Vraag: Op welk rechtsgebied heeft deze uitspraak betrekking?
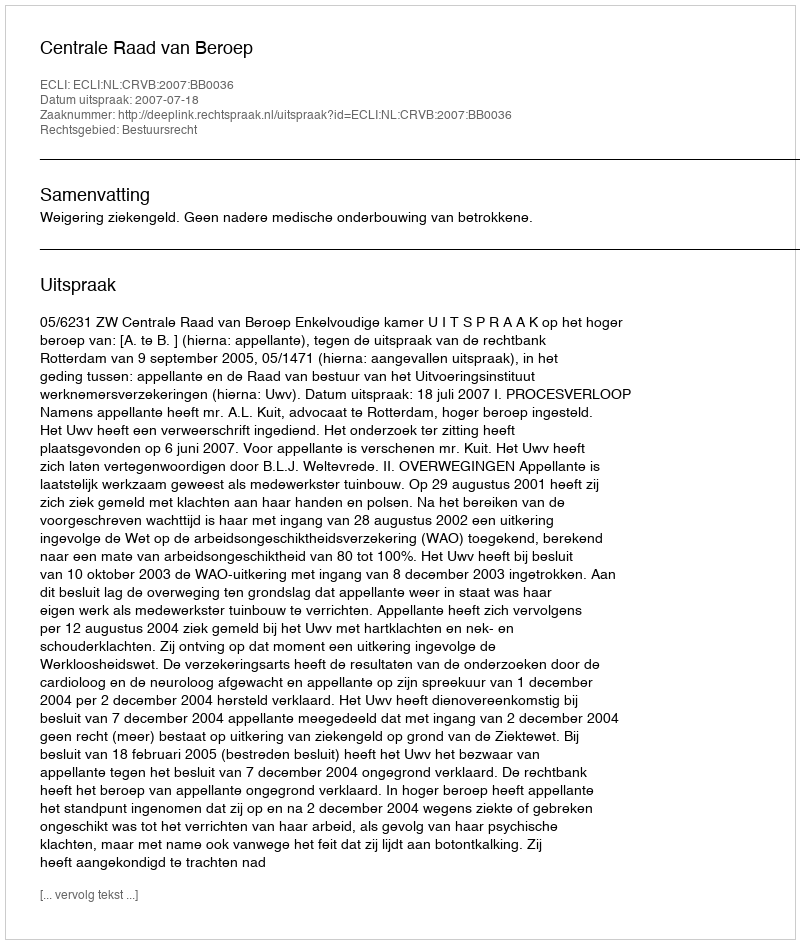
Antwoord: Bestuursrecht